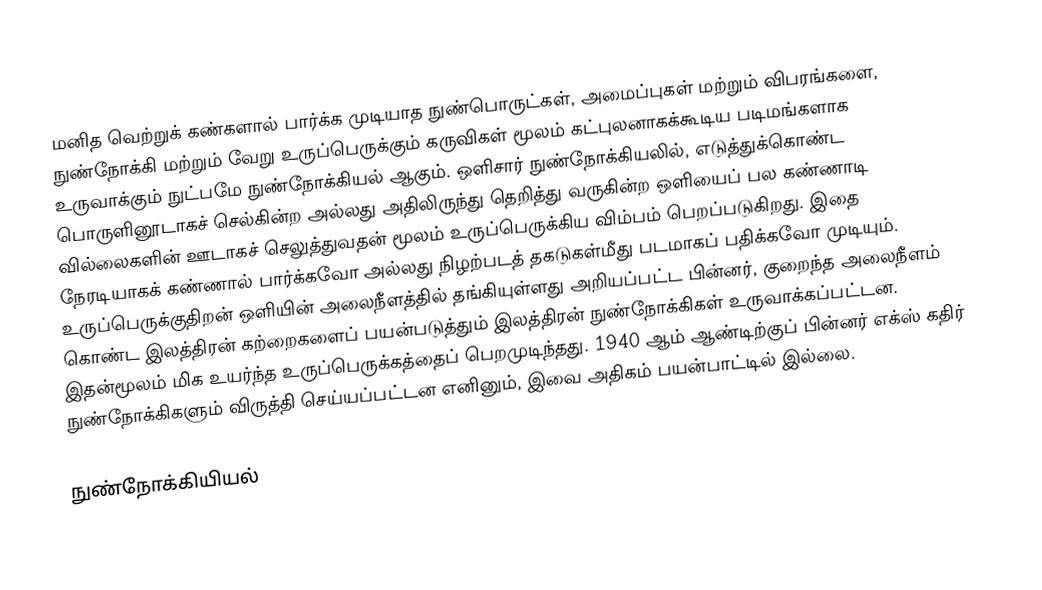
மனித வெற்றுக் கண்களால் பார்க்க முடியாத நுண்பொருட்கள், அமைப்புகள் மற்றும் விபரங்களை, நுண்நோக்கி மற்றும் வேறு உருப்பெருக்கும் கருவிகள் மூலம் கட்புலனாகக்கூடிய படிமங்களாக உருவாக்கும் நுட்பமே நுண்நோக்கியல் ஆகும். ஒளிசார் நுண்நோக்கியலில், எடுத்துக்கொண்ட பொருளினூடாகச் செல்கின்ற அல்லது அதிலிருந்து தெறித்து வருகின்ற ஒளியைப் பல கண்ணாடி வில்லைகளின் ஊடாகச் செலுத்துவதன் மூலம் உருப்பெருக்கிய விம்பம் பெறப்படுகிறது. இதை நேரடியாகக் கண்ணால் பார்க்கவோ அல்லது நிழற்படத் தகடுகள்மீது படமாகப் பதிக்கவோ முடியும். உருப்பெருக்குதிறன் ஒளியின் அலைநீளத்தில் தங்கியுள்ளது அறியப்பட்ட பின்னர், குறைந்த அலைநீளம் கொண்ட இலத்திரன் கற்றைகளைப் பயன்படுத்தும் இலத்திரன் நுண்நோக்கிகள் உருவாக்கப்பட்டன. இதன்மூலம் மிக உயர்ந்த உருப்பெருக்கத்தைப் பெறமுடிந்தது. 1940 ஆம் ஆண்டிற்குப் பின்னர் எக்ஸ் கதிர் நுண்நோக்கிகளும் விருத்தி செய்யப்பட்டன எனினும், இவை அதிகம் பயன்பாட்டில் இல்லை.

நுண்நோக்கியியல்